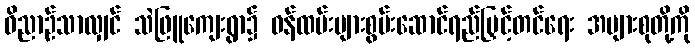
ဝိညာဉ်သာလျှင် သဲဖြူကျေးရွာ၌ ဝန်ထမ်းများစွမ်းဆောင်ရည်မြှင့်တင်ရေး အများစုတို့ကို